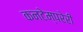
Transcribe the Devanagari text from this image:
कनटेम्परेरी